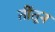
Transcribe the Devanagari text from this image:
तींतून